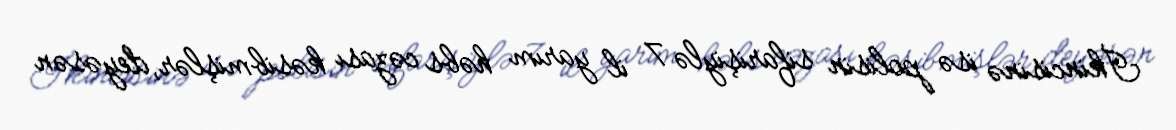
İkincisinə isə polisin sifarişiylə 7 il yarım həbs cəzası kəsibmişlər, deyəsən